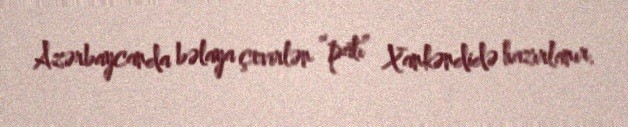
Azərbaycanda bəlaya çevirlən “patı” Xankəndidə hazırlanır.